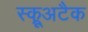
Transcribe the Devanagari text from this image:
स्क्रूअटैक